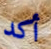
أكد